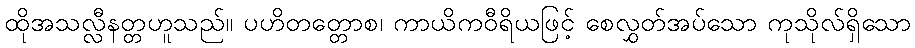
ထိုအသလ္လီနတ္တဟူသည်။ ပဟိတတ္တောစ၊ ကာယိကဝီရိယဖြင့် စေလွှတ်အပ်သော ကုသိုလ်ရှိသော